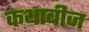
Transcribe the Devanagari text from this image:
कथाबीज